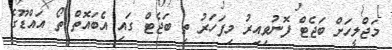
މަޖްލީހަށް ބަޖެޓް ފޮނުވިއިރު މިފަހަރު ތި ބަޖެޓް ގައި އެބައޮތް ތޯ އައްޑޫގެ